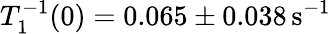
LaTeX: T_{1}^{-1}(0)=0.065\pm 0.038\mathrm{\, s^{-1}}